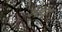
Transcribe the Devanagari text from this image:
भष